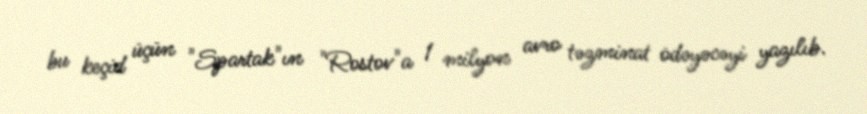
bu keçid üçün "Spartak"ın "Rostov"a 1 milyon avro təzminat ödəyəcəyi yazılıb.